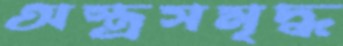
অস্ত্রসমৃদ্ধ